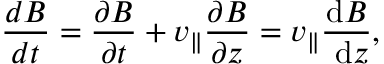
\frac { d B } { d t } = \frac { \partial B } { \partial t } + v _ { \| } \frac { \partial B } { \partial z } = v _ { \| } \frac { \mathrm { d } B } { \mathrm { ~ d } z } ,